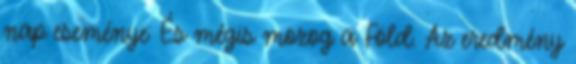
nap eseménye: És mégis mozog a Föld. Az eredmény